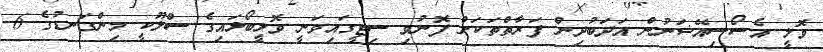
ވޮލީ އެސޯސިއޭޝަނުން އަދަބުދިން ފަރާތްތަކަށް ފޮނުވި ސިޓީގައިވަނީ ވޮލީބޯޅައިގެ ސްލޫކީ މިންގަނޑުގެ 6